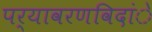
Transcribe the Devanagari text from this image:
पर्यावरणविदांे